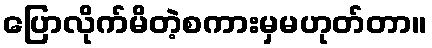
ပြောလိုက်မိတဲ့စကားမှမဟုတ်တာ။